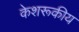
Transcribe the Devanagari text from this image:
केशरूकीय